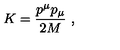
K = \frac { p ^ { \mu } p _ { \mu } } { 2 M } \ ,